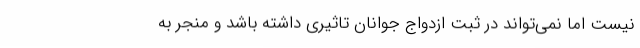
نیست اما نمی‌تواند در ثبت ازدواج جوانان تاثیری داشته باشد و منجر به